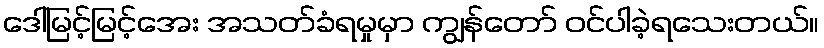
ဒေါ်မြင့်မြင့်အေး အသတ်ခံရမှုမှာ ကျွန်တော် ဝင်ပါခဲ့ရသေးတယ်။